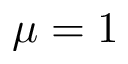
\mu = 1